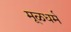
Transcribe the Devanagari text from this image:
मूळधर्म